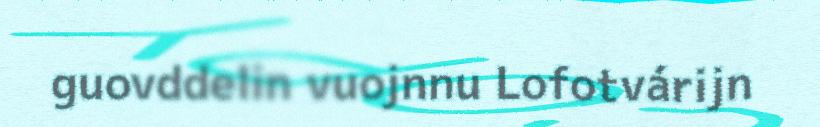
guovddelin vuojnnu Lofotvárijn